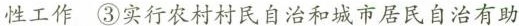
性工作③实行农村村民自治和城市居民自治有助